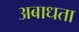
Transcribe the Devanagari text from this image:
अबाधता